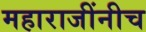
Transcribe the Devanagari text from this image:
महाराजींनीच